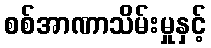
စစ်အာဏာသိမ်းမှုနှင့်